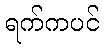
ရက်ကပင်